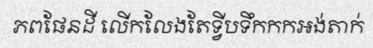
ភពផែនដី លើកលែងតែទ្វីបទឹកកកអង់តាក់